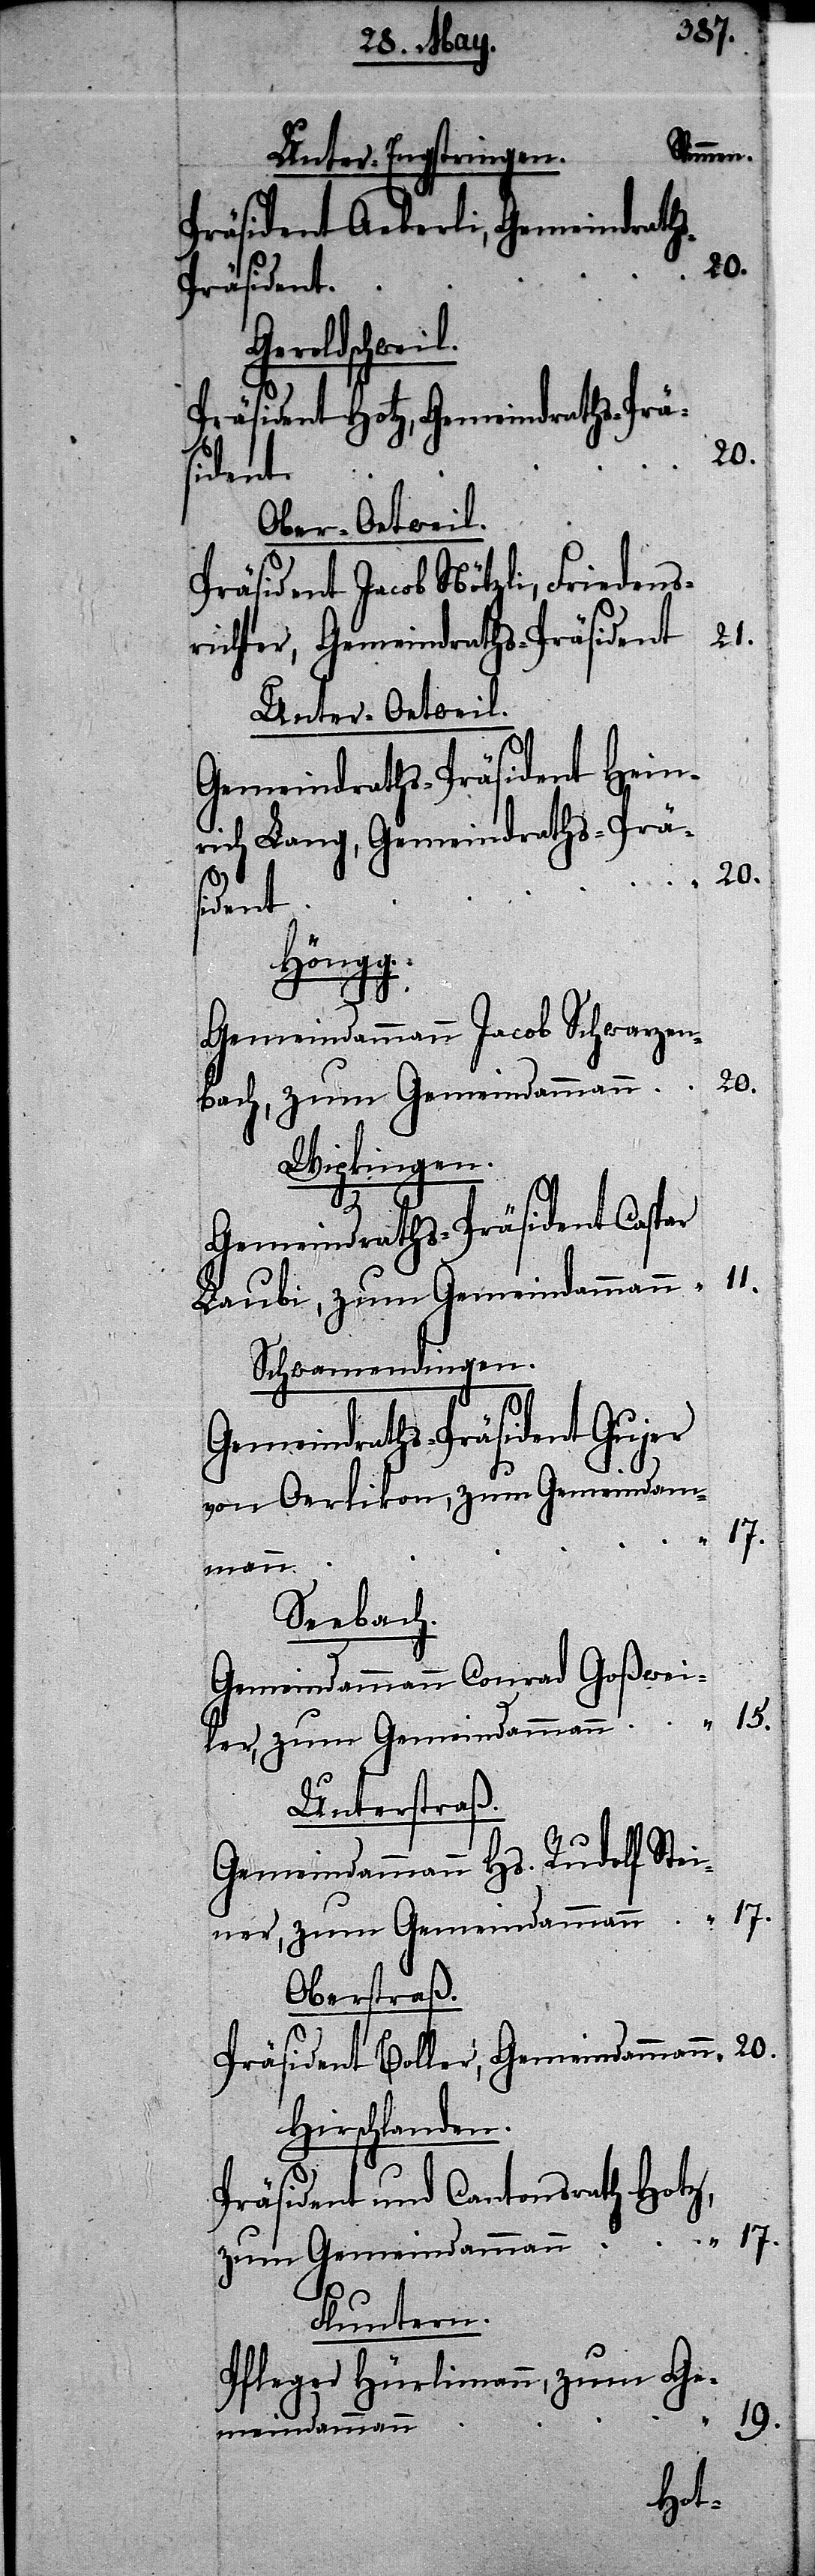
Stimmen.
Unter-Engstringen.
Präsident Aeberli, Gemeindrath¬
s-Präsident
Geroldschweil.
Präsident Hotz, Gemeindraths-Prä¬
20.
sident
Ober-Oetweil.
Präsident Jacob Nötzli, Friedens¬
21.
richter, Gemeindraths-Präsident
Unter-Oetweil.
Gemeindraths-Präsident Hein¬
rich Lang, Gemeindraths-Prä¬
Höngg.
Gemeindammann Jacob Schwarzen¬
20.
bach, zum Gemeindammann
Wipkingen.
Gemeindraths-Präsident Caspar
11.
Laubi, zum Gemeindammann
Schwamendingen.
Gemeindraths-Präsident Gujer
von Oerlikon, zum Gemeindam¬
“
mann
Seebach.
Gemeindammann Conrad Goßwei¬
15.
ler, zum Gemeindammann
Unterstraß.
Gemeindammann Hs. Rudolf Stei¬
17.
ner, zum Gemeindammann
Oberstraß.
Präsident Boller, Gemeindammann
Hirschlanden.
Präsident und Cantonsrath Hotz,
zum Gemeindammann
Fluntern.
Pfleger Hürlimann, zum Ge¬
19.
meindammann